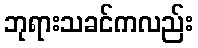
ဘုရားသခင်ကလည်း